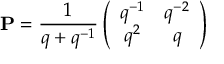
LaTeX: { \bf P } = \frac { 1 } { q + q ^ { - 1 } } \left( \begin{array} { c c } { { q ^ { - 1 } } } & { { q ^ { - 2 } } } \\ { { q ^ { 2 } } } & { { q } } \end{array} \right)